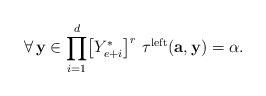
\begin{align*}\forall\,\mathbf{y}\in\displaystyle{\prod_{i=1}^{d}}\big{[}Y_{e+i}^{*}\big{]}^{r}\,\,\tau^{\mathrm{left}}(\mathbf{a},\mathbf{y})=\alpha.\end{align*}